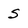
Character: S